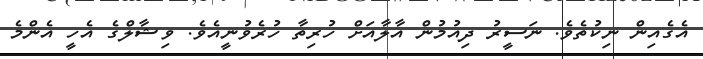
އެގެއިން ނިކުތެވެ. ނަސީރު ދިއުމުން އާލާއަށް ހުރިތާ ހުރެވުނީއެވެ. ވިޝާލްގެ އެހީ އެންމެ